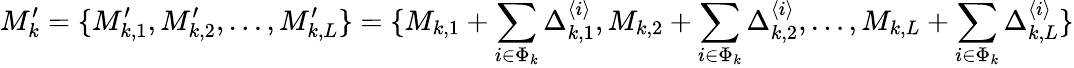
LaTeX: M_{k}^{\prime}=\{ M_{k,1}^{\prime},M_{k,2}^{\prime},\dots,M_{k,L}^{\prime}\} =\{ M_{k,1}+\sum_{i\in\Phi_{k}}\Delta_{k,1}^{\langle i\rangle},M_{k,2}+\sum_{i\in\Phi_{k}}\Delta_{k,2}^{\langle i\rangle},\dots,M_{k,L}+\sum_{i\in\Phi_{k}}\Delta_{k,L}^{\langle i\rangle}\}